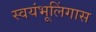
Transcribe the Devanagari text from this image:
स्वयंभूलिंगास